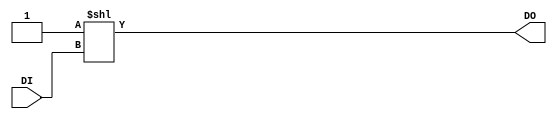
/*
 * Project:     Bitlet PE
 * Module:      Bitlet_Prim_Decoder_Decimal_to_Onehot
 * Discription: BCD code to one-hot code decoder.
 * Dependency:  
 * 
 */

`timescale 1ns / 1ps

module Bitlet_Prim_Decoder_Decimal_to_Onehot
#(
    parameter   W   = 16        // width of output
)
(
    input   [$clog2(W)-1:0] DI,
    output  [W-1:0]         DO
);

assign  DO  = 'b1 << DI;

endmodule